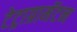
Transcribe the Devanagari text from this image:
टेट्राग्रामॅटन